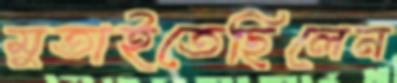
মুতাইতেছিলেন